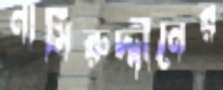
নাসিরুদ্দীনের